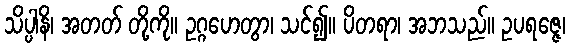
သိပ္ပါနိ၊ အတတ် တို့ကို။ ဥဂ္ဂဟေတွာ၊ သင်၍။ ပိတရာ၊ အဘသည်။ ဥပရဇ္ဇေ၊